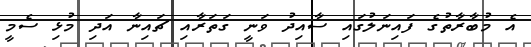
އެ މުބާރާތުގެ ފައިނަލުގައި ސާއިދު ވަނީ ގަތަރާއި ޗައިނާ އަދި މުޅި ސެމީ